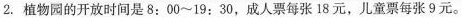
2. 植物园的开放时间是8: 00~19: 30，成人票每张 18 元，儿童票每张 9 元。